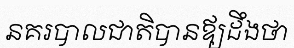
នគរបាលជាតិបានឪ្យដឹងថា